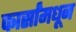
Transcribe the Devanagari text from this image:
फार्सांमधून